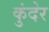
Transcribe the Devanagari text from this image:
कुंदेर